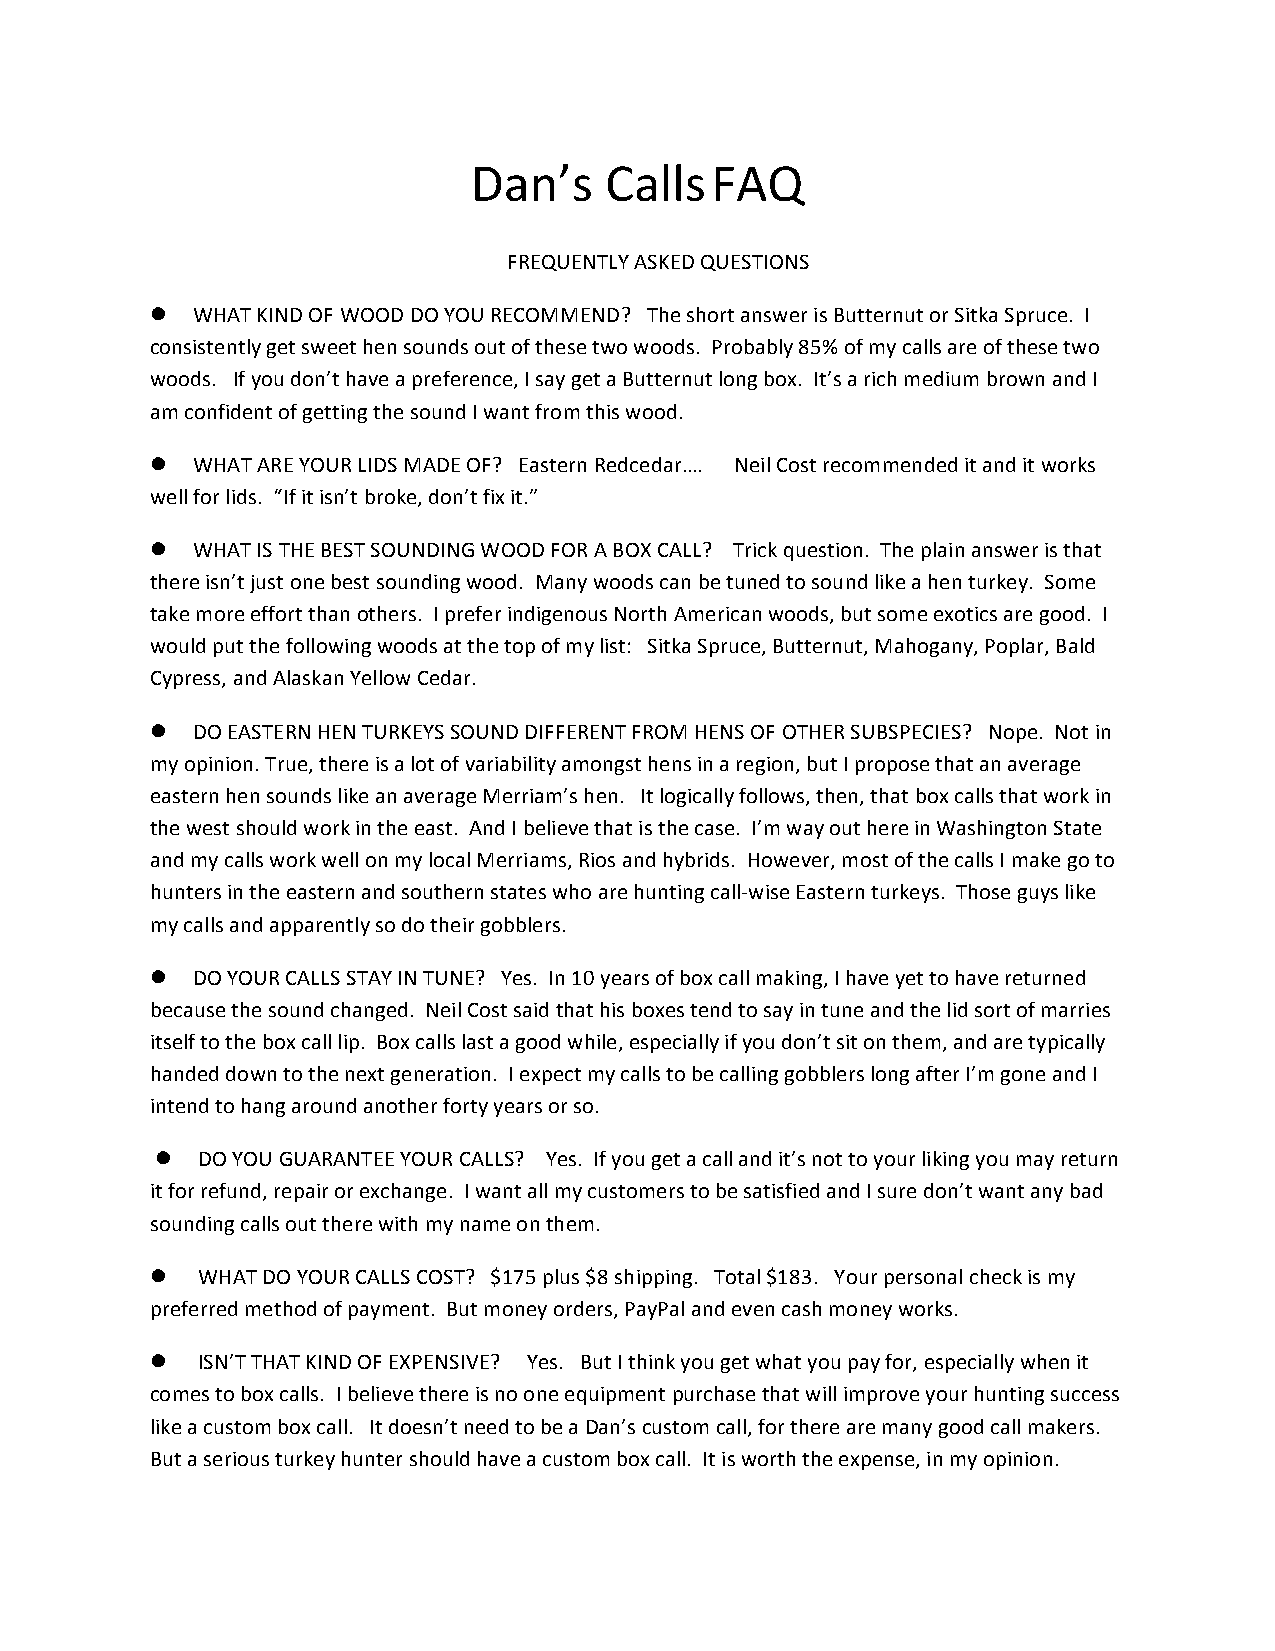
Dan’s    CallsFAQ
 FREQUENTLY ASKED QUESTIONS
   WHAT KIND OF WOOD DO YOU RECOMMEND? The short answer is Butternut or Sitka Spruce. I
 consistently get sweet hen sounds out of these two woods. Probably 85% of my calls are of these two
 woods. If you don’t have a preference, I say get a Butternut long box. It’s a rich medium brown and I
 am confident of getting the sound I want from this wood.
   WHAT ARE YOUR LIDS MADE OF? Eastern Redcedar…. Neil Cost recommended it and it works
 well for lids. “If it isn’t broke, don’t fix it.”
   WHAT IS THE BEST SOUNDING WOOD FOR A BOX CALL? Trick question. The plain answer is that
 there isn’t just one best sounding wood. Many woods can be tuned to sound like a hen turkey. Some
 take more effort than others. I prefer indigenous North American woods, but some exotics are good. I
 would put the following woods at the top of my list: Sitka Spruce, Butternut, Mahogany, Poplar, Bald
 Cypress, and Alaskan Yellow Cedar.
   DO EASTERN HEN TURKEYS SOUND DIFFERENT FROM HENS OF OTHER SUBSPECIES? Nope. Not in
 my opinion. True, there is a lot of variability amongst hens in a region, but I propose that an average
 eastern hen sounds like an average Merriam’s hen. It logically follows, then, that box calls that work in
 the west should work in the east. And I believe that is the case. I’m way out here in Washington State
 and my calls work well on my local Merriams, Rios and hybrids. However, most of the calls I make go to
 hunters in the eastern and southern states who are hunting call‐wise Eastern turkeys. Those guys like
 my calls and apparently so do their gobblers.
   DO YOUR CALLS STAY IN TUNE? Yes. In 10 years of box call making, I have yet to have returned
 because the sound changed. Neil Cost said that his boxes tend to say in tune and the lid sort of marries
 itself to the box call lip. Box calls last a good while, especially if you don’t sit on them, and are typically
 handed down to the next generation. I expect my calls to be calling gobblers long after I’m gone and I
 intend to hang around another forty years or so.
   DO YOU GUARANTEE YOUR CALLS? Yes. If you get a call and it’s not to your liking you may return
 it for refund, repair or exchange. I want all my customers to be satisfied and I sure don’t want any bad
 sounding calls out there with my name on them.
   WHAT DO YOUR CALLS COST? $175 plus $8 shipping. Total $183. Your personal check is my
 preferred method of payment. But money orders, PayPal and even cash money works.
   ISN’T THAT KIND OF EXPENSIVE? Yes. But I think you get what you pay for, especially when it
 comes to box calls. I believe there is no one equipment purchase that will improve your hunting success
 like a custom box call. It doesn’t need to be a Dan’s custom call, for there are many good call makers.
 But a serious turkey hunter should have a custom box call. It is worth the expense, in my opinion.